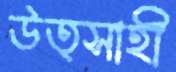
উত্সাহী